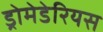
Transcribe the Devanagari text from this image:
ड्रोमेडेरियस